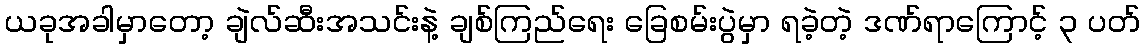
ယခုအခါမှာတော့ ချဲလ်ဆီးအသင်းနဲ့ ချစ်ကြည်ရေး ခြေစမ်းပွဲမှာ ရခဲ့တဲ့ ဒဏ်ရာကြောင့် ၃ ပတ်